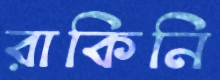
রাকিনি